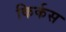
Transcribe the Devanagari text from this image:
किर्कस